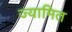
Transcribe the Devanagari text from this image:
ज्यामित